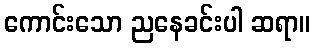
ကောင်းသော ညနေခင်းပါ ဆရာ။